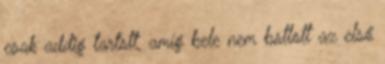
csak addig tartott, amíg bele nem botlott az első